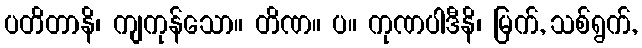
ပတိတာနိ၊ ကျကုန်သော။ တိဏ။ ပ။ ကုဏပါဒီနိ၊ မြက်, သစ်ရွက်,